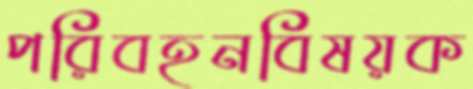
পরিবহনবিষয়ক